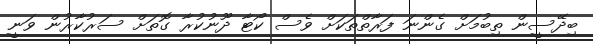
ބިދޭސީން ތިބުމަށް ގެންނަ ފަރާތްތަކަށް ވެސް ކޯޓާ ދޫނުކުރާ ގޮތަށް ސަރުކާރުން ވަނީ